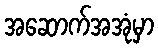
အဆောက်အအုံမှာ